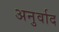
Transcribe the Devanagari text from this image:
अनुर्वाद